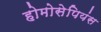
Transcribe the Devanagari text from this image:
होमोसेपियंस